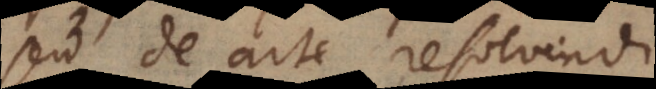
seu de arte resolvendi